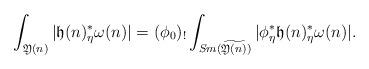
LaTeX: \begin{align*}\int_{\mathfrak Y(n)}|\mathfrak h(n)_{\eta}^*\omega(n)|=(\phi_0)_!\int_{Sm(\widetilde{\mathfrak Y(n)})}|\phi_{\eta}^*\mathfrak h(n)_{\eta}^*\omega(n)|.\end{align*}